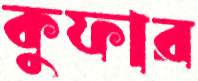
কুফার